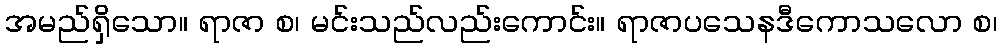
အမည်ရှိသော။ ရာဇာ စ၊ မင်းသည်လည်းကောင်း။ ရာဇာပသေနဒီကောသလော စ၊